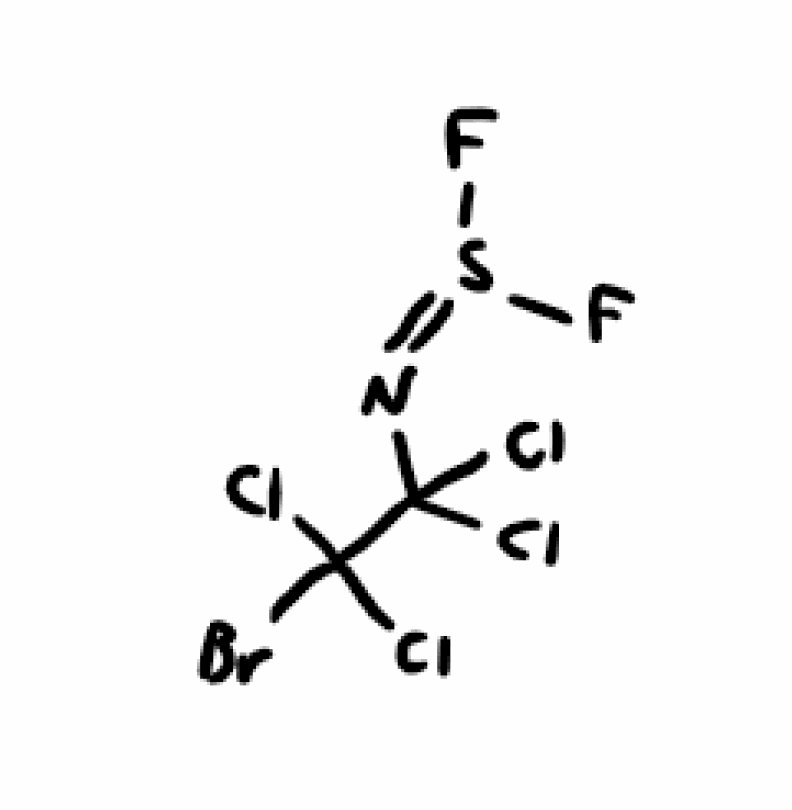
Simplified molecular-input line-entry system (SMILES) notation of the given molecule:
C(C(Cl)(Cl)Br)(N=S(F)F)(Cl)Cl